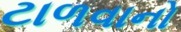
ટાળવાનો